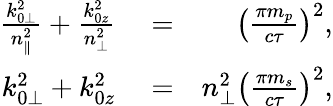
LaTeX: \begin{array}{rlr}{\frac{k_{0\perp}^{2}}{n_{\parallel}^{2}}+\frac{k_{0z}^{2}}{n_{\perp}^{2}}}&{{}=}&{\left(\frac{\pi m_{p}}{c\tau}\right)^{2},}\\ {k_{0\perp}^{2}+k_{0z}^{2}}&{{}=}&{n_{\perp}^{2}\left(\frac{\pi m_{s}}{c\tau}\right)^{2},}\end{array}